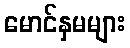
မောင်နှမများ